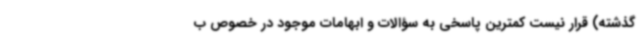
گذشته) قرار نیست کمترین پاسخی به سؤالات و ابهامات موجود در خصوص ب